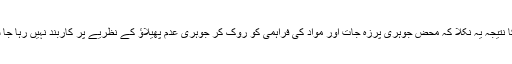
اس کا نتیجہ یہ نکلا کہ محض جوہری پرزہ جات اور مواد کی فراہمی کو روک کر جوہری عدم پھیلاؤ کے نظریے پر کاربند نہیں رہا جا سکتا۔